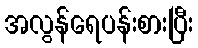
အလွန်ရေပန်းစားပြီး